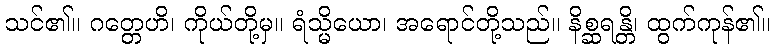
သင်၏။ ဂတ္တေဟိ၊ ကိုယ်တို့မှ။ ရံသ္မိယော၊ အရောင်တို့သည်။ နိစ္ဆရန္တိ၊ ထွက်ကုန်၏။